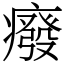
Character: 癈